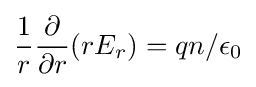
{\frac {1}{r}}{\frac {\partial }{\partial r}}(rE_{r})=qn/\epsilon _{0}